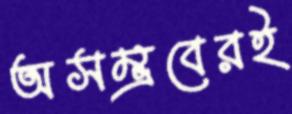
অসম্ভবেরই